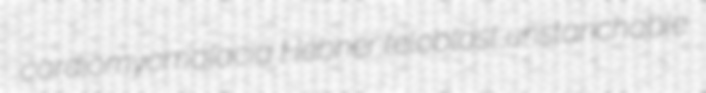
cardiomyomalacia Hebner teloblast unstanchable